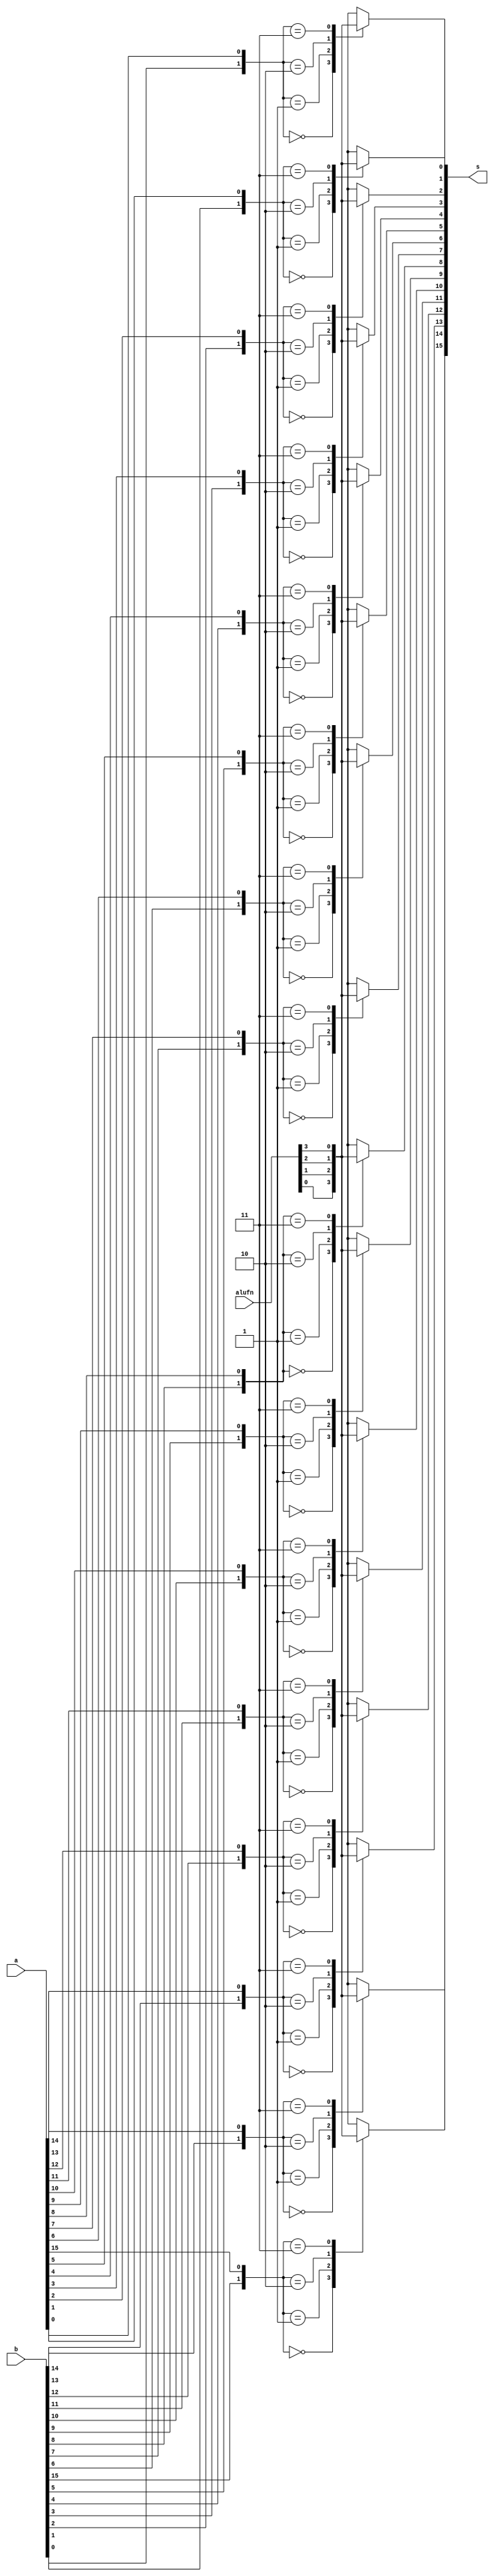
/*
   This file was generated automatically by Alchitry Labs version 1.2.1.
   Do not edit this file directly. Instead edit the original Lucid source.
   This is a temporary file and any changes made to it will be destroyed.
*/

module boolean_7 (
    input [15:0] a,
    input [15:0] b,
    input [3:0] alufn,
    output reg [15:0] s
  );
  
  
  
  integer i;
  
  reg [1:0] j;
  
  always @* begin
    for (i = 1'h0; i < 5'h10; i = i + 1) begin
      j[0+0-:1] = a[(i)*1+0-:1];
      j[1+0-:1] = b[(i)*1+0-:1];
      
      case (j)
        2'h0: begin
          s[(i)*1+0-:1] = alufn[0+0-:1];
        end
        2'h1: begin
          s[(i)*1+0-:1] = alufn[1+0-:1];
        end
        2'h2: begin
          s[(i)*1+0-:1] = alufn[2+0-:1];
        end
        2'h3: begin
          s[(i)*1+0-:1] = alufn[3+0-:1];
        end
        default: begin
          s[(i)*1+0-:1] = 1'h0;
        end
      endcase
    end
  end
endmodule